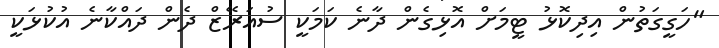
"ހަގީގަތުން އިދިކޮޅު ޓީމަށް އޮޅިގެން ދާނެ ކަމަކީ ސުއަރޭޒް ދެން ދައްކާނެ އުކުޅަކީ